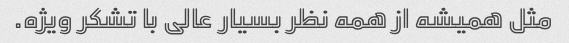
مثل همیشه از همه نظر بسیار عالی با تشکر ویژه.